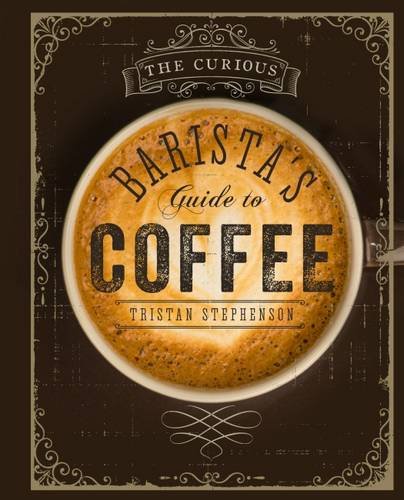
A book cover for The Curious Barista's Guide to Coffee; Tristan Stephenson; Cookbooks, Food & Wine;